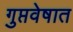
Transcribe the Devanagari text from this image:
गुप्तवेषात